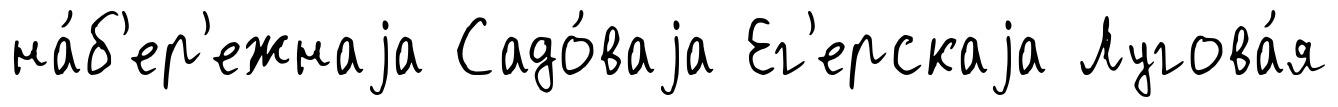
на́б'ер'ежнаjа Садо́ваjа Ег'ерскаjа Лугова́я